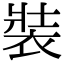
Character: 裝